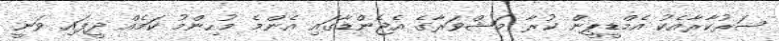
ސަރުކާރާއެކު އެމްޑީޕީން ކުރާ މަޝްވަރާގެ އެޖެންޑާގައި އެންމެ މުހިންމު ކަމެއް ދީފައި ވަނީ